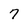
Character: 7